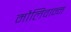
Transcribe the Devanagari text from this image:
मौलिवान्न